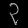
Digit: ၃